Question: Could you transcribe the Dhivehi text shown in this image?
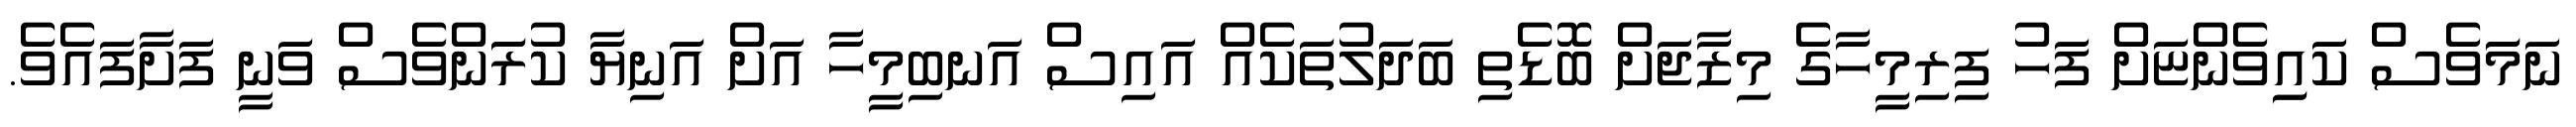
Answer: ނަމަަވެސް ކައިިވެންޏަށް ފަހު ފިރިމީހާގެ މިޒާޖަށް ބޮޑެތި ބަދަލުތަކެއް އައިސް އަނބިމީހާ އަށް އަނިޔާ ކުރަަންވެސް ވަނީ ފަށާފައެވެ.